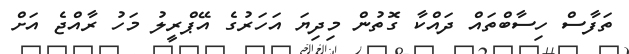
ތަފާސް ހިސާބްތައް ދައްކާ ގޮތުން މިދިޔަ އަހަރުގެ އޭޕްރީލު މަހު ރާއްޖެ އަށް